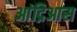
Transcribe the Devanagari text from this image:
आंद्रिआस